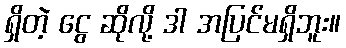
ရှိတဲ့ ငွေ ဆိုလို့ ဒါ အပြင်မရှိဘူး။